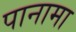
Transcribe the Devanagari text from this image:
पानामा